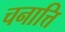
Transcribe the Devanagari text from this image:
चनात्ति